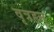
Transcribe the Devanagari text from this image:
वृत्रहन्